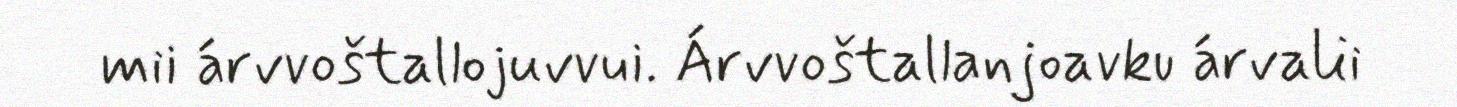
mii árvvoštallojuvvui. Árvvoštallanjoavku árvalii